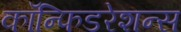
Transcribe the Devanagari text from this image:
कॉन्फिडरेशन्स